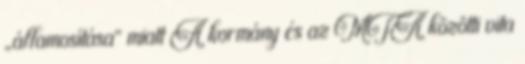
„államosítása” miatt A kormány és az MTA közötti vita